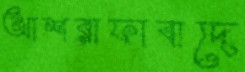
আশরাফাবাদে